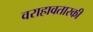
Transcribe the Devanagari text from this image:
वराहावतारकी